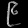
Digit: ၉